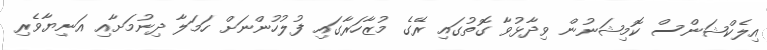
އިލެކްޝަންސް ކޮމިޝަނުން ވިދާޅުވާ ގޮތުގައި ރޭގެ މުޒާހަރާގައި ފުލުހުންނަށް ހަމަލާ ދިނުމަށާއި އަނިޔާވެރި